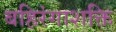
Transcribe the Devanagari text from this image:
बहिरंगाशक्ति